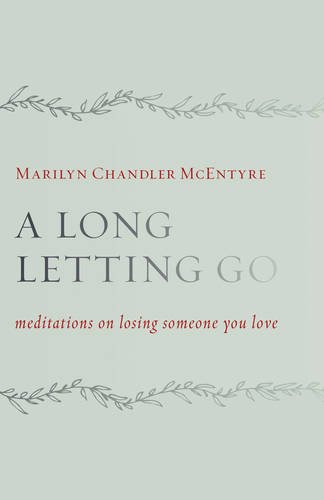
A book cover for A Long Letting Go: Meditations on Losing Someone You Love; Marilyn Chandler McEntyre; Self-Help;